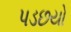
પડછયો